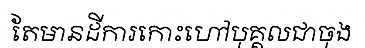
តែមានដីការកោះហៅបុគ្គលជាចុង